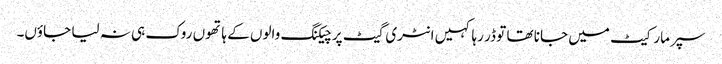
سپر مارکیٹ میں جانا تھا تو ڈر رہا کہیں انٹری گیٹ پر چیکنگ والوں کے ہاتھوں روک ہی نہ لیا جاؤں۔